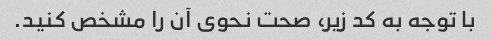
با توجه به کد زیر، صحت نحوی آن را مشخص کنید.